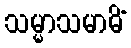
သမ္မာသမာဓိံ